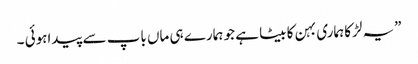
”یہ لڑکا ہماری بہن کا بیٹا ہے جو ہمارے ہی ماں باپ سے پیداہوئی ۔